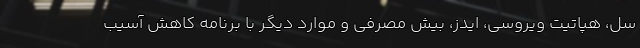
سل، هپاتیت ویروسی، ایدز، بیش مصرفی و موارد دیگر با برنامه کاهش آسیب